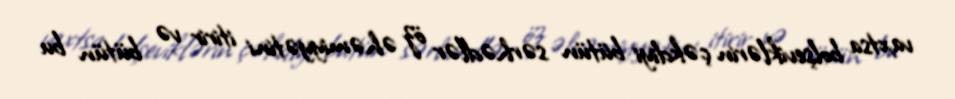
vaxtsa bolşeviklərin çəkdiyi bütün sərhədlər öz əhəmiyyətini itirir və bütün bu